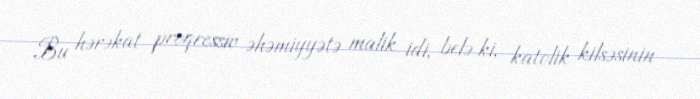
Bu hərəkat proqressiv əhəmiyyətə malik idi, belə ki, katolik kilsəsinin